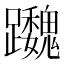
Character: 𨇷